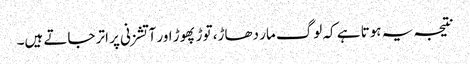
نتیجہ یہ ہوتا ہے کہ لوگ مار دھاڑ، توڑ پھوڑ اور آتشزنی پر اتر جاتے ہیں۔